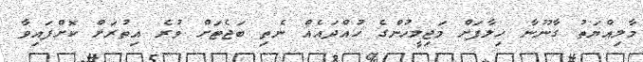
މާލިއްޔަތު ގާނޫނާ ހިލާފަށް މަޖިލީހުންގެ ހުއްދައެއް ނެތި ބަޖެޓަށް ވުރެ އިތުރަށް ކޮށްފައިވާ